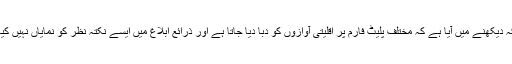
حالانکہ دیکھنے میں آیا ہے کہ مختلف پلیٹ فارم پر اقلیتی آوازوں کو دبا دیا جاتا ہے اور ذرائع ابلاغ میں ایسے نکتہ نظر کو نمایاں نہیں کیا جاتا ۔